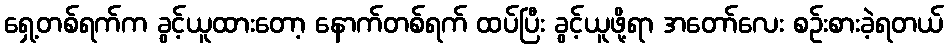
ရှေ့တစ်ရက်က ခွင့်ယူထားတော့ နောက်တစ်ရက် ထပ်ပြီး ခွင့်ယူဖို့ရာ အတော်လေး စဉ်းစားခဲ့ရတယ်